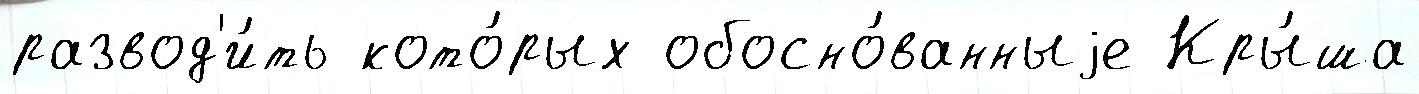
развод'и́ть кото́рых обосно́ванныjе Кры́ша